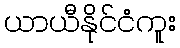
ယာယီနိုင်ငံကူး